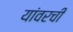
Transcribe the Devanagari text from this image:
यांवरची